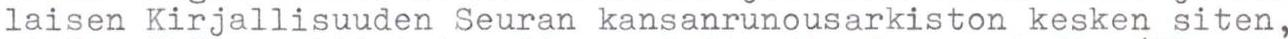
laisen Kirjallisuuden Seuran kansanrunousarkiston kesken siten,